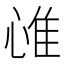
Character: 𢜐